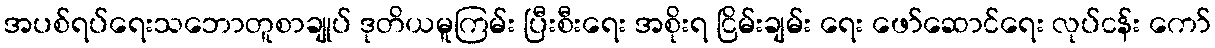
အပစ်ရပ်ရေးသဘောတူစာချုပ် ဒုတိယမူကြမ်း ပြီးစီးရေး အစိုးရ ငြိမ်းချမ်း ရေး ဖော်ဆောင်ရေး လုပ်ငန်း ကော်